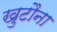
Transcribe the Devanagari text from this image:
खुटौना